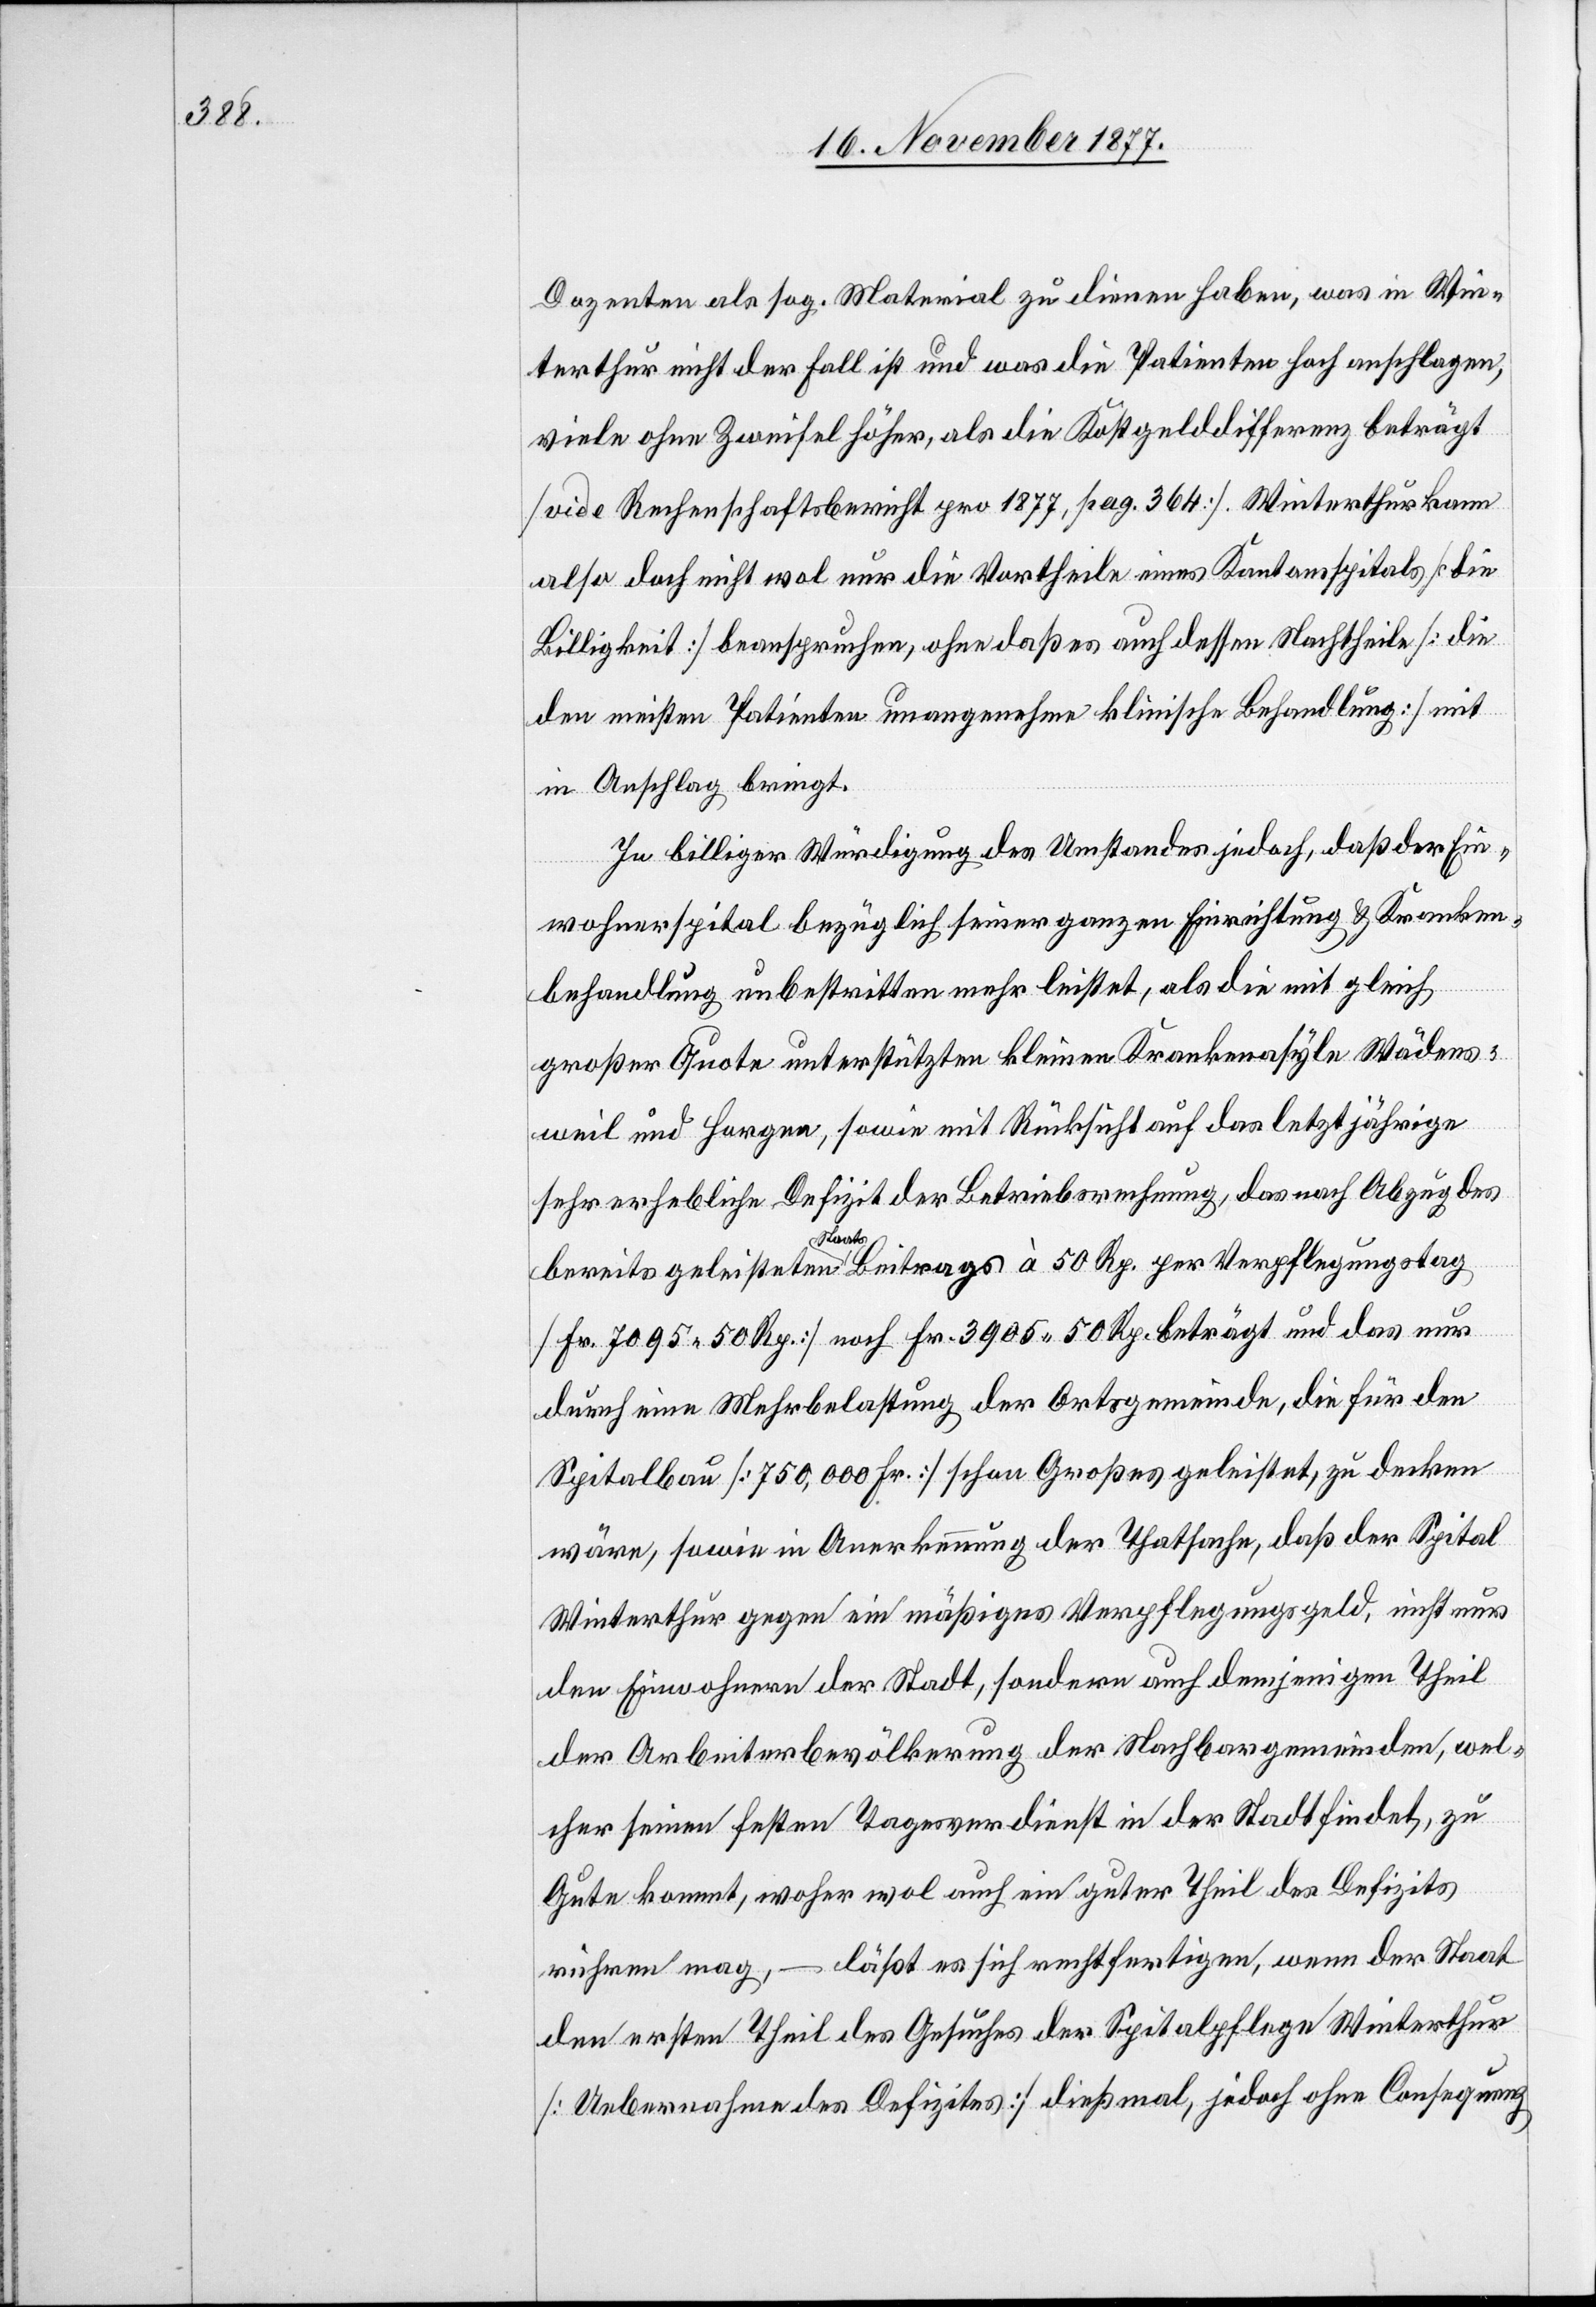
Dozenten als sog. Material zu dienen haben, was in Win¬
terthur nicht der Fall ist und was die Patienten hoch anschlagen,
viele ohne Zweifel höher, als die Kostgelddifferenz beträgt
[vide Rechenschaftsbericht pro 1877, pag. 364]. Winterthur kann
also doch nicht wol nur die Vortheile eines Kantonsspitals [die
Billigkeit] beanspruchen, ohne daß es auch dessen Nachtheile [die
den meisten Patienten unangenehme klinische Behandlung] mit
in Anschlag bringt.
In billiger Würdigung des Umstandes jedoch, daß der Ein¬
wohnerspital bezüglich seiner ganzen Einrichtung & Kranken¬
behandlung unbestritten mehr leistet, als die mit gleich
großer Quote unterstützten kleinen Krankenasyle Wädens¬
weil und Horgen, sowie mit Rücksicht auf das letztjährige
sehr erhebliche Defizit der Betriebsrechnung, das nach Abzug des
bereits geleisteten Staatsbeitrags à 50 Rp. per Verpflegungstag
[Fr. 7095 50 Rp.] noch Fr. 3905 50 Rp. beträgt und das nur
durch eine Mehrbelastung der Ortsgemeinde, die für den
Spitalbau [750,000 Fr.] schon Großes geleistet, zu decken
wäre, sowie in Anerkennung der Thatsache, daß der Spital
Winterthur gegen ein mäßiges Verpflegungsgeld, nicht nur
den Einwohnern der Stadt, sondern auch demjenigen Theil
der Arbeiterbevölkerung der Nachbargemeinden, wel¬
cher seinen festen Tagesverdienst in der Tat findet, zu
Gute kommt, woher wol auch ein guter Theil des Defizits
rühren mag, – läßt es sich rechtfertigen, wenn der Staat
den ersten Theil des Gesuches der Spitalpflege Winterthur
[Uebernahme des Definzits] dießmal, jedoch ohne Consequenz